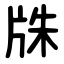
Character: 㸡